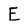
Character: E